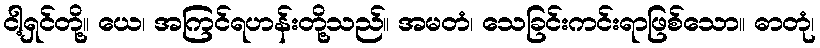
ငါ့ရှင်တို့။ ယေ၊ အကြင်ရဟန်းတို့သည်။ အမတံ၊ သေခြင်းကင်းရာဖြစ်သော။ ဓာတုံ၊